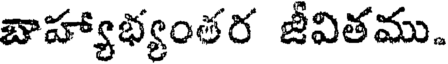
బాహ్యాభ్యంతర జీవితము.